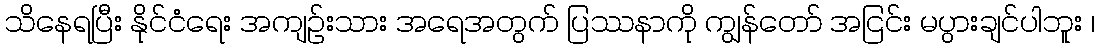
သိနေရပြီး နိုင်ငံရေး အကျဉ်းသား အရေအတွက် ပြဿနာကို ကျွန်တော် အငြင်း မပွားချင်ပါဘူး ၊